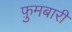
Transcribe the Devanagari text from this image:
फ़ुमबारी